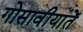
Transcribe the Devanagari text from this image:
गोसावीयांतें